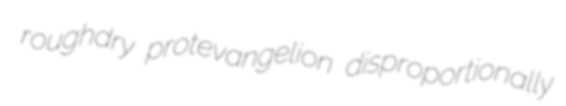
roughdry protevangelion disproportionally